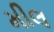
મીલ